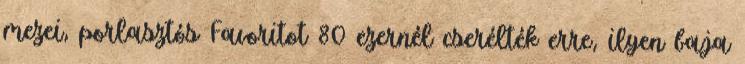
mezei, porlasztós Favoritot 80 ezernél cserélték erre, ilyen baja